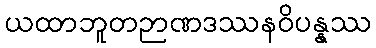
ယထာဘူတဉာဏဒဿနဝိပန္နဿ